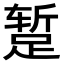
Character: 𫏐